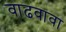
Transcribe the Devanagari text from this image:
वाढवावा